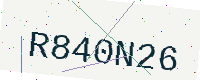
Text: R840N26